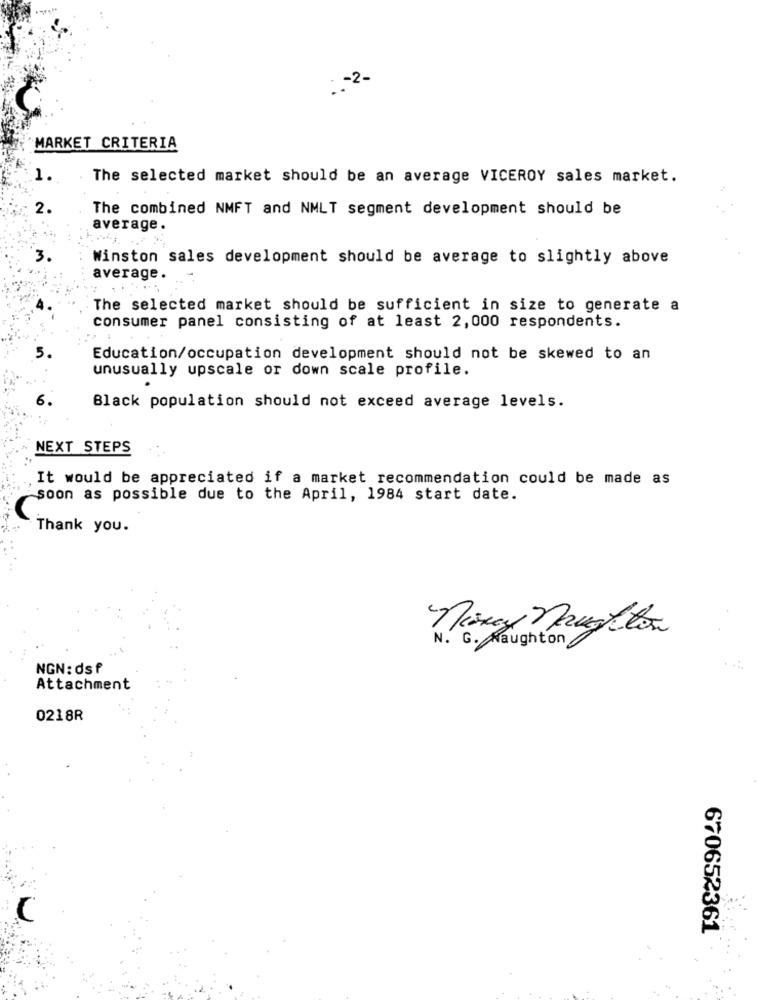
: - 2-
MARKET CRITERIA
1.
The selected market should be an average VICEROY sales market.
2.
The combined NMFT and NMLT segment development should be
average.
Winston sales development should be average to slightly above
average.
The selected market should be sufficient in size to generate a
consumer panel consisting of at least 2,000 respondents.
Education/occupation development should not be skewed to an
unusually upscale or down scale profile.
Black population should not exceed average levels.
NEXT STEPS
It would be appreciated if a market recommendation could be made as
soon as possible due to the April, 1984 start date.
C
Thank you.
Money naughton
N. G. Naughton
NGN: dsf
Attachment
0218R
670652361